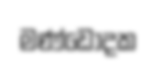
මණ්ඩෝදක